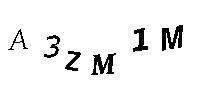
A3ZM1M